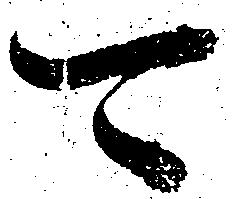
可